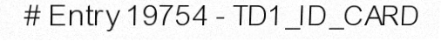
# Entry 19754 - TD1_ID_CARD